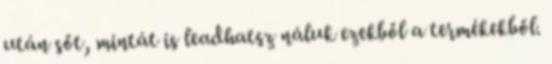
után sőt, mintát is leadhatsz náluk ezekből a termékekből.